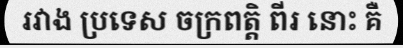
រវាង ប្រទេស ចក្រពត្តិ ពីរ នោះ គឺ